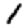
Digit: 1